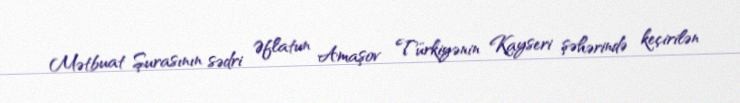
Mətbuat Şurasının sədri Əflatun Amaşov Türkiyənin Kayseri şəhərində keçirilən